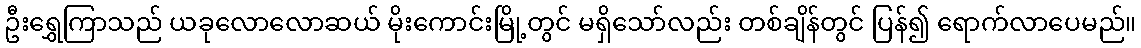
ဦးရွှေကြာသည် ယခုလောလောဆယ် မိုးကောင်းမြို့တွင် မရှိသော်လည်း တစ်ချိန်တွင် ပြန်၍ ရောက်လာပေမည်။